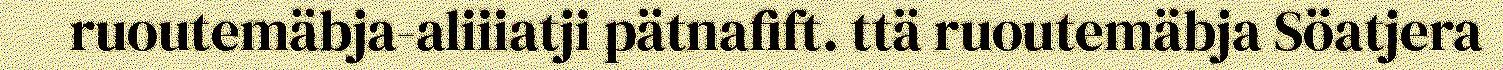
ruoutemäbja-aliiiatji pätnafift. ttä ruoutemäbja Söatjera